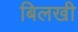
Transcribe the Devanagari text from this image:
बिलखी